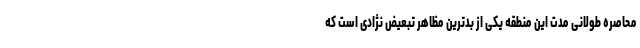
محاصره طولانی مدت این منطقه یکی از بدترین مظاهر تبعیض نژادی است که